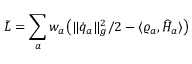
{ \tilde { L } } = \sum _ { a } w _ { a } \big ( \| \dot { { q } } _ { a } \| _ { g } ^ { 2 } / 2 - \langle \varrho _ { a } , \widehat H _ { a } \rangle \big )